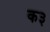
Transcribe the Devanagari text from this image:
क३